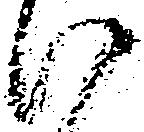
い